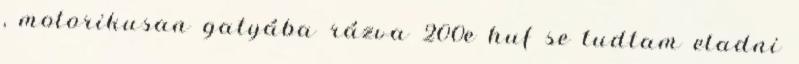
, motorikusan gatyába rázva 200e huf se tudtam eladni